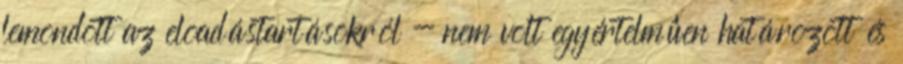
lemondott az elõadástartásokról - nem volt egyértelmûen határozott és